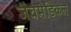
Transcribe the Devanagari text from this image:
जैवमेडिकल